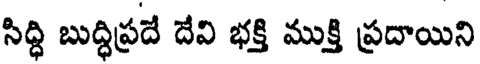
సిద్ధి బుద్ధిప్రదే దేవి భక్తి ముక్తి ప్రదాయిని